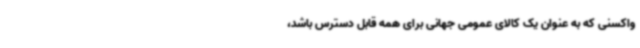
واکسنی که به عنوان یک کالای عمومی جهانی برای همه قابل دسترس باشد،